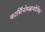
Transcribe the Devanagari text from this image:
कार्सिनोमब्रायोनिक